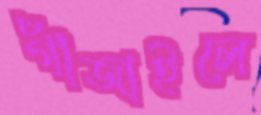
গাঁজাইলে